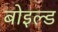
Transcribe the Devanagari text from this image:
बोइल्ड